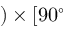
) \times [ 9 0 ^ { \circ }